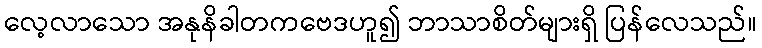
လေ့လာသော အနုနိခါတကဗေဒဟူ၍ ဘာသာစိတ်များရှိ ပြန်လေသည်။